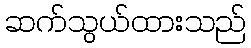
ဆက်သွယ်ထားသည်